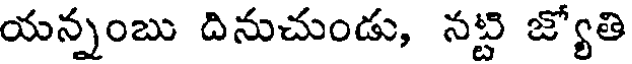
యన్నంబు దినుచుండు, నట్టి జ్యోతి